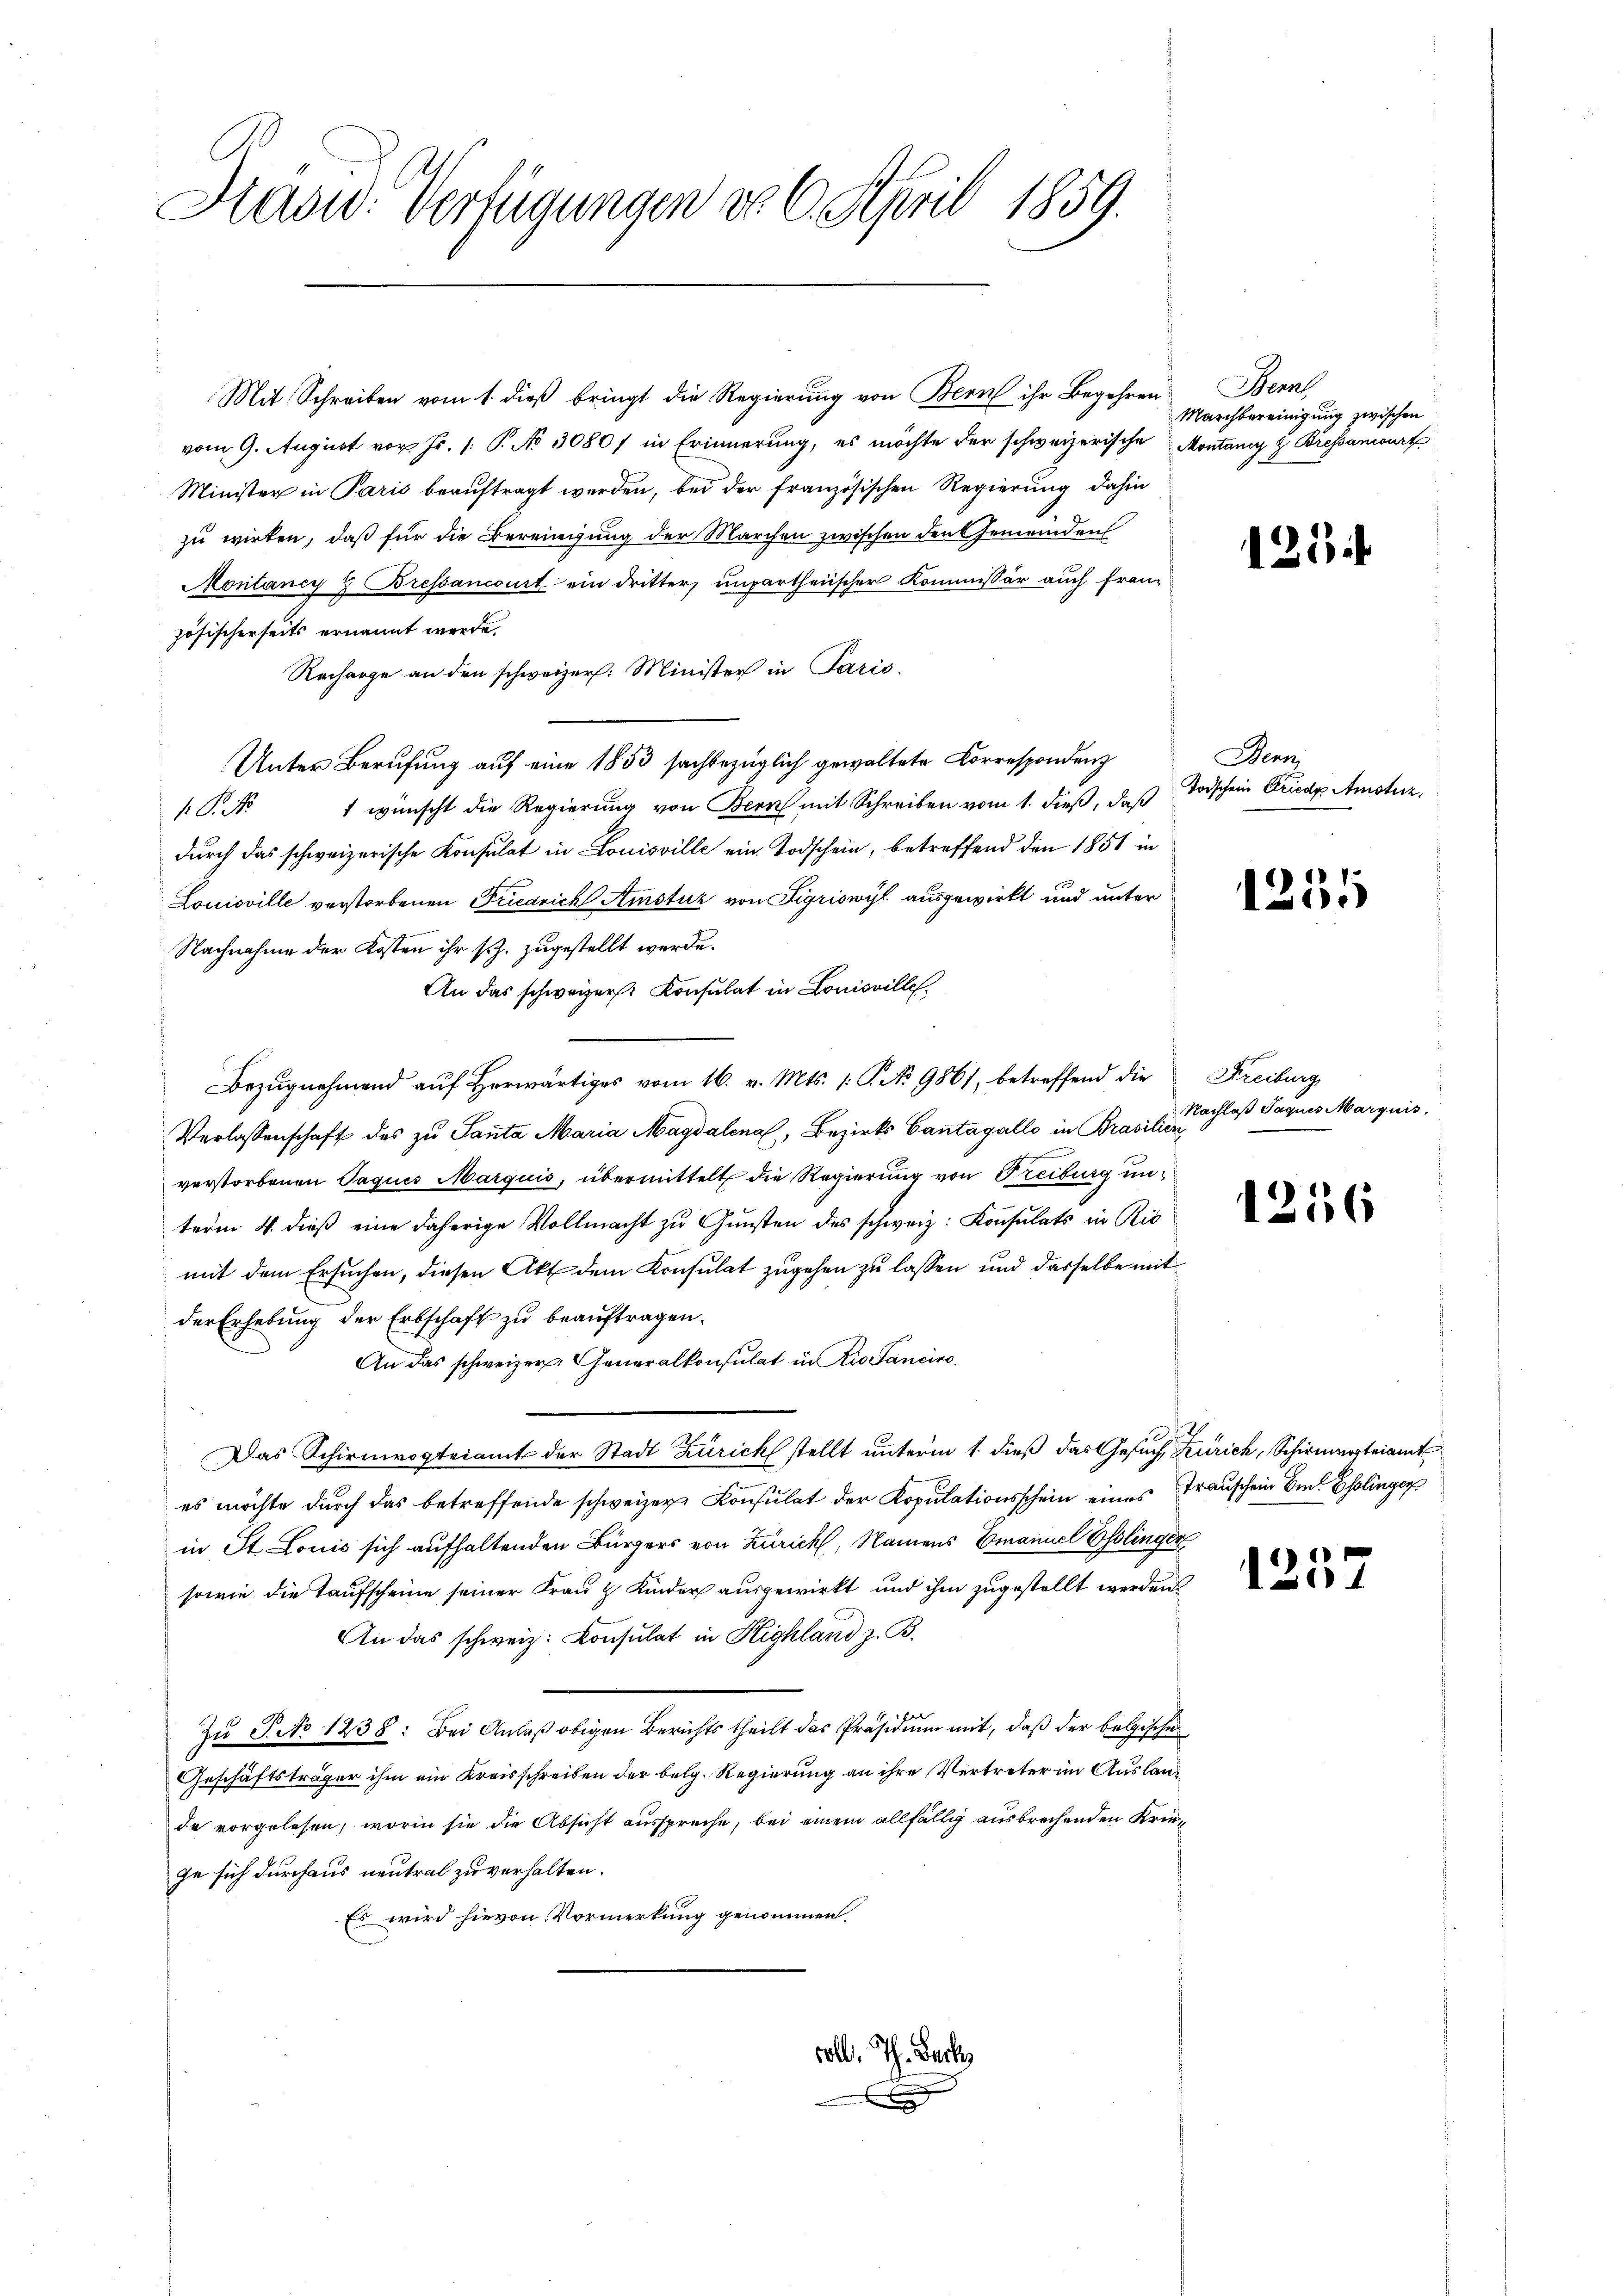
Diadw. Verfügungen do 6. April 1859.

Mit Schreiben vom 1. dieß bringt die Regierung von Bern ihr Begehrenvom 9. August vor. Js. /: P. No 30807 in Erinnerung, es möchte der schweizerische Montany & Bressanourt
Minister in Paris beauftragt werden, bei der französischen Regierung dahin
zu wirken, daß für die Bereingung der Marchen zwischen den Gemeinden
Montaney y Bressancomit ein dritter unpartheiischer Kommissär auch französischerseits ernannt werde.
Recharge an den schweizer. Minister in Paris.
Unter Berufung auf eine 1853 sachbezüglich gewaltete Correspondenz
 P. No 1 wünscht die Regierung von Bern mit Schreiben vom 1. dieß, daß
durch das schweizerische Konsulat in Louisville ein Todschein, betreffend den 1851 in
Louisville verstorbenen Friedrich Amstuz von Sigriswyl ausgewirkt und unter
Nachnahme der Kosten ihr s. zugestellt werde.
An das schweizer Konsulat in Louisvilles
Bezŭgnehmend aŭf herwärtiges vom 16. v. Mts. 1. P. No 9861, betreffend die Kreiburg
Verlassenschaft des zu Panta Maria Magdalenal, Bezirks Cantagallo in Brasilien
verstorbenen Paques Marguis, übermittelt die Regierung von Freiburg unterm 4. dieß eine daherige Vollmacht zu Gunsten des schweiz. Konsulats in Rio
mit dem Ersuchen, diesen Akt dem Konsulat zugehen zu lassen und dasselbe mit
der Erhebung der Erbschaft zu beauftragen.
An das schweizer. Generalkonsulat in Rio Sanciro
Das Schirmvogteiamt der Stadt Zürich stellt unterm 1. dieß das Gesuch Zürich, Schirmteiamt
es möchte durch das betreffende schweizer Konsulat der Kopulationsschein eines Frauschein Em. Esslinger
in St. Louis sich aufhaltenden Bürgers von Zürich, Namens Emanuel Esslinger
sowie die Taufscheine seiner Frau & Kinder ausgewirkt und ihm zugestellt werden
An das schweiz. Consulat in Highland z. B.
Zu T. No 1238: Bei Anlaß obigen Berichts theilt des Präsidium mit, daß der belgische
Geschäftsträger ihm ein Kreisschreiben der belg. Regierung an ihre Vertreter im Auslande vorgelesen, worin sie die Absicht ausspreche, bei einem allfällig ausbrechenden Kriege sich durchaus neutral zu verhalten.
Es wird hievon Vormerkung genommen.

coll. Th. Beck
.

Bemal
Marchbereinigung zwischen

125

Bern,
Todschein Friede Amsturz,

1251

Nachlaß Jaques Marquis.

1256

1237